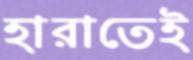
হারাতেই